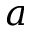
a